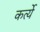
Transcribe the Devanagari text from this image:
कर्त्ये